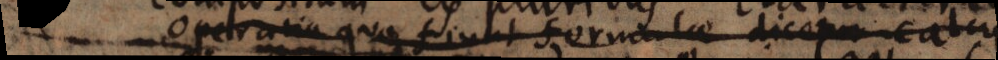
Operatio qua fiunt formulae diceretur calc